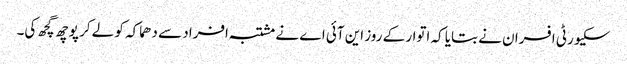
سکیورٹی افسران نے بتایا کہ اتوار کے روز این آئی اے نے مشتبہ افراد سے دھماکہ کو لے کر پوچھ گچھ کی۔